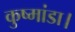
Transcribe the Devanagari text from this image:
कुष्मांडा।